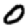
Digit: 0